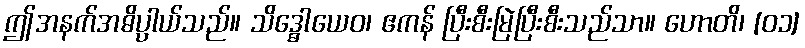
ဤအနက်အဓိပ္ပာယ်သည်။ သိဒ္ဓောယေဝ၊ ဧကန် ပြီးစီးမြဲပြီးစီးသည်သာ။ ဟောတိ၊ [၀၁]